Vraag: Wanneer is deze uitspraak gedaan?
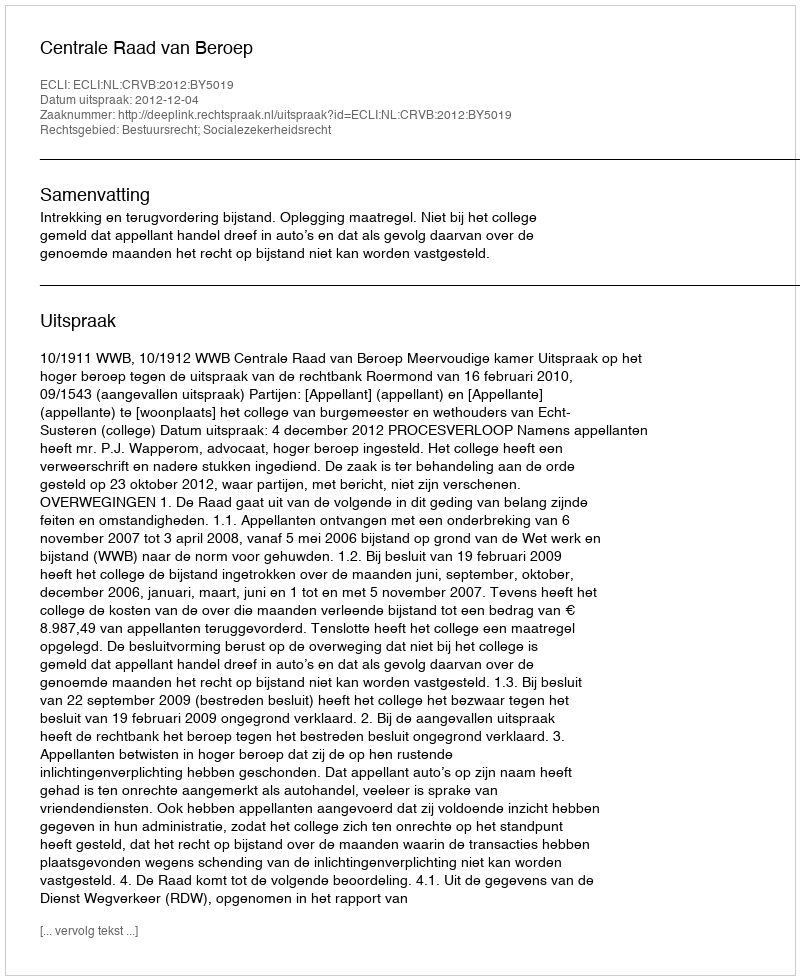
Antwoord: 2012-12-04